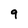
Character: 9